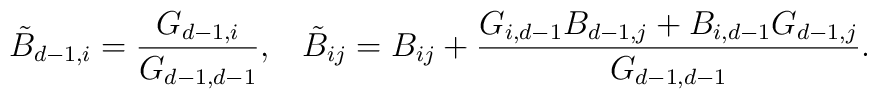
\tilde{B}_{d-1,i} =\frac{G_{d-1,i}}{G_{d-1,d-1}},\;\;\; \tilde{B}_{ij}  = B_{ij} + \frac{G_{i,d-1}B_{d-1,j} +  B_{i,d-1}G_{d-1,j}}{G_{d-1,d-1}} .